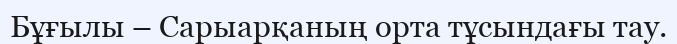
Бұғылы – Сарыарқаның орта тұсындағы тау.